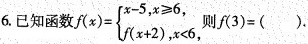
6.已知函数$$f ( x ) = \begin { cases }